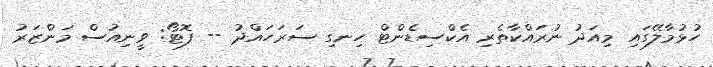
ހުޅުމާލޭގައި މިއަދު ނުރައްކާތެރި އެކްސިޑެންޓް ހިނގި ސަރަހައްދު -- ފޮޓޯ: ވީނިއުސް މަންޒަރު